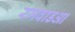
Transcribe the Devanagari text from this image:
रजवाडआ